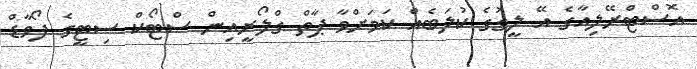
އޮސްޓްރޭލިއާގެ އޭ ލީގުގެ ކުލަބެއް ކަމަށްވާ ޕާތް ގްލޯރީއިން ސްޓޯކް ސިޓީގެ ފޯވާޑް